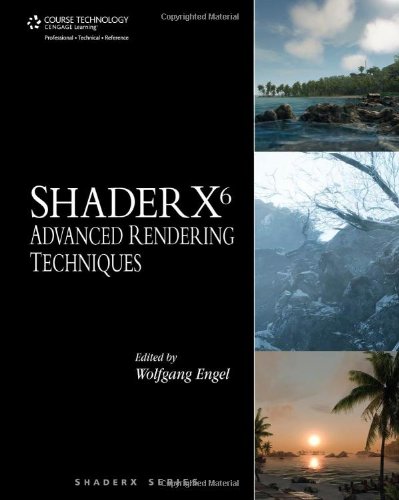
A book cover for ShaderX6: Advanced Rendering Techniques; Wolfgang Engel; Computers & Technology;